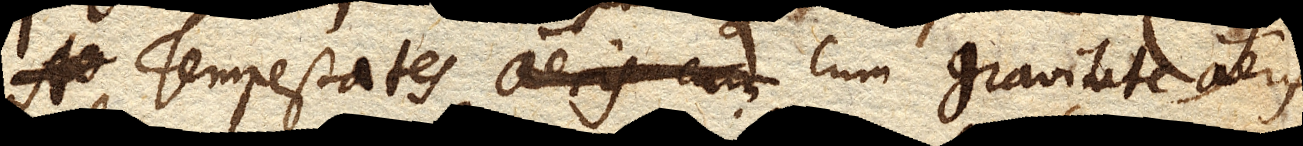
Tempestates aeris cum cum gravitate aeris